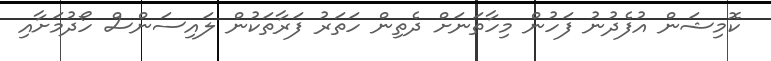
ކޮމިޝަން އުފެދުނު ފަހުން މިހާތަނަށް ދެތިން ހަތަރު ފަރާތަކުން ލައިސަންސް ހޯދުމަށާއި